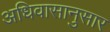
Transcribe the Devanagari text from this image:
अधिवासानुसार